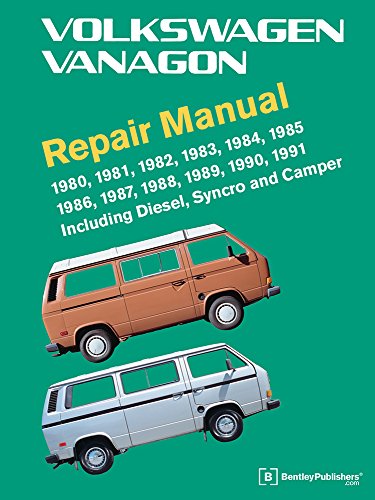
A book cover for Volkswagen Vanagon Repair Manual: 1980, 1981, 1982, 1983, 1984, 1985, 1986, 1987, 1988, 1989, 1990, 1991; Volkswagen of America; Engineering & Transportation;